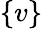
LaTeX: \{ v\}